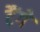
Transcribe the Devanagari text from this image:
टैंगे